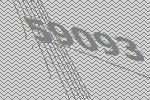
59093